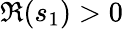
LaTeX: \Re{(s_{1})}>0